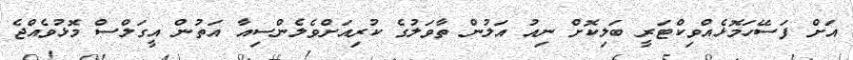
އަށް ފަސޭހަމޮޅެއްވިކްޓަރީ ބަލިކޮށް ނިއު އަލުން ތާވަލުގެ ކުރިއަށްވެލެންސިއާ އަތުން އީގަލްސް މޮޅުވެއްޖެ